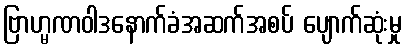
ဗြာဟ္မဏဝါဒနောက်ခံအဆက်အစပ် ပျောက်ဆုံးမှု